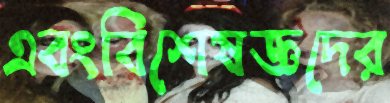
এবংবিশেষজ্ঞদের